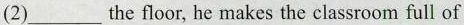
(2)___ the floor, he makes the classroom full of